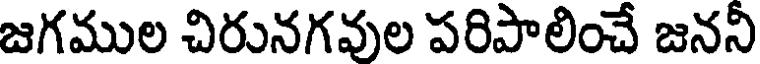
జగముల చిరునగవుల పరిపాలించే జననీ